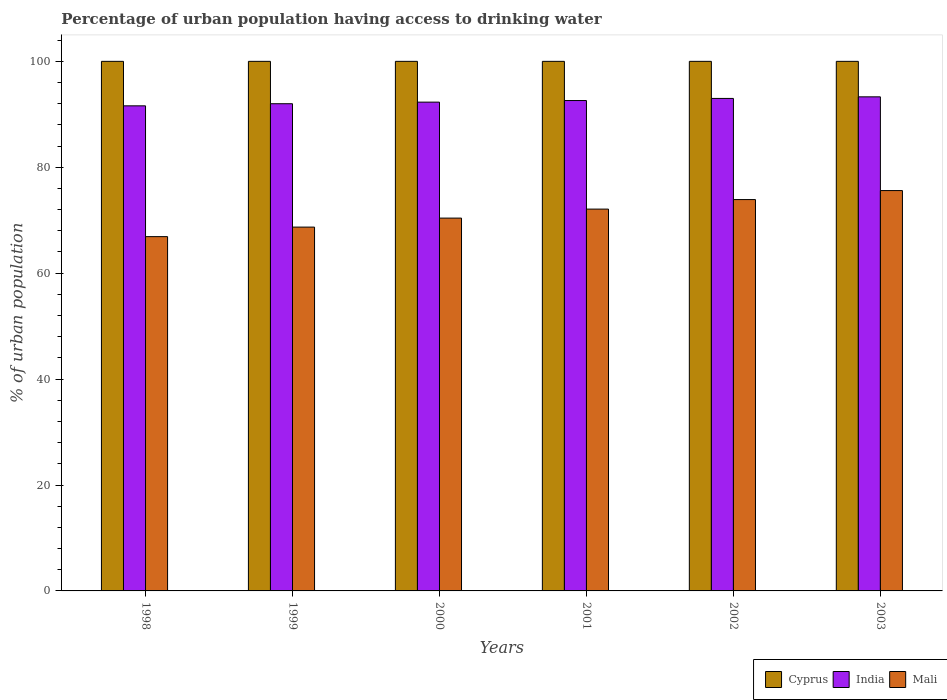
| Years | Cyprus | India | Mali |
 | --- | --- | --- | --- |
 | 1998 | 100 | 91.6 | 66.9 |
 | 1999 | 100 | 92 | 68.7 |
 | 2000 | 100 | 92.3 | 70.4 |
 | 2001 | 100 | 92.6 | 72.1 |
 | 2002 | 100 | 93 | 73.9 |
 | 2003 | 100 | 93.3 | 75.6 |